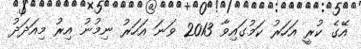
އޭގެ ކުރީ އަހަރު ކަމުގައިވާ 2013 ވަނަ އަހަރު ނިމުނު އިރު މިއަދަދު